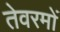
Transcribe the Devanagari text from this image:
तेवरमों